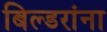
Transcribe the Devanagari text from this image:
बिल्डरांना